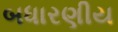
બધારણીય